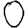
Digit: 0